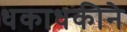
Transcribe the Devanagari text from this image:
धकाधकीने